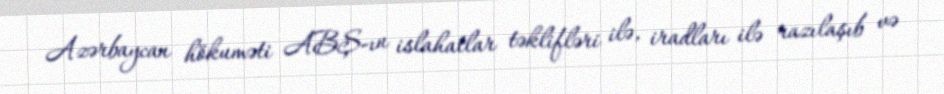
Azərbaycan hökuməti ABŞ-ın islahatlar təklifləri ilə, iradları ilə razılaşıb və